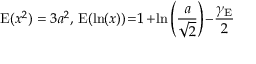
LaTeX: \operatorname { E } ( x ^ { 2 } ) = 3 a ^ { 2 } , \, \operatorname { E } ( \ln ( x ) ) \! = \! 1 \! + \! \ln \left( { \frac { a } { \sqrt { 2 } } } \right) \! - \! { \frac { \gamma _ { \mathrm { E } } } { 2 } }